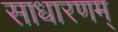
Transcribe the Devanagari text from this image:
साधारणम्